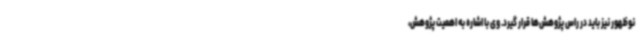
نوظهور نیز باید در راس پژوهش‌ها قرار گیرد. وی با اشاره به اهمیت پژوهش،